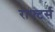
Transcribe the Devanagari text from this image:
राफ्टर्स